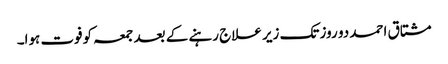
مشتاق احمد دو روز تک زیر علاج رہنے کے بعد جمعہ کوفوت ہوا۔